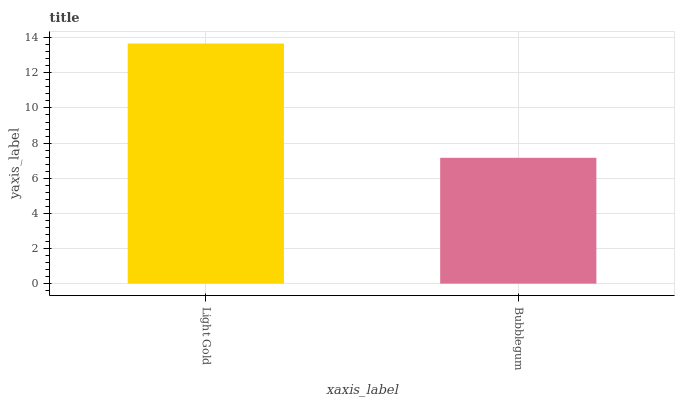
| xaxis_label | bars |
 | --- | --- |
 | Light Gold | 13.7 |
 | Bubblegum | 7.16 |